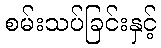
စမ်းသပ်ခြင်းနှင့်